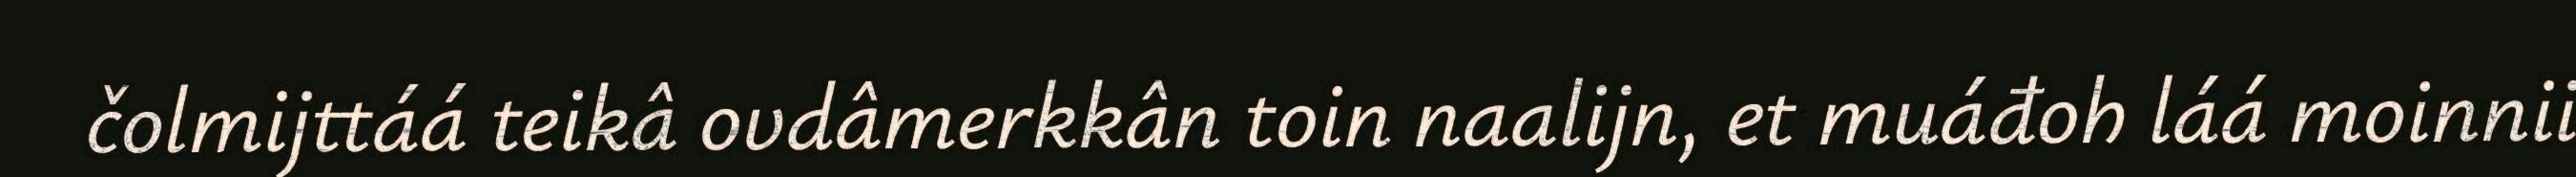
čolmijttáá teikâ ovdâmerkkân toin naalijn, et muáđoh láá moinnii